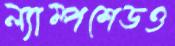
ল্যাম্পশেডও